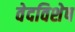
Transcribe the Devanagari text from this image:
वेदविशेष